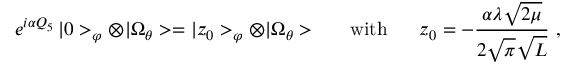
e ^ { i \alpha Q _ { 5 } } \, | 0 > _ { \varphi } \otimes | \Omega _ { \theta } > = | z _ { 0 } > _ { \varphi } \otimes | \Omega _ { \theta } > \ \ \ \ \ \mathrm { w i t h } \ \ \ \ \ z _ { 0 } = - \frac { \alpha \lambda \sqrt { 2 \mu } } { 2 \sqrt { \pi } \sqrt { L } } \ ,